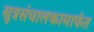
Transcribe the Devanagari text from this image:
सूत्रसंचालकामार्फत